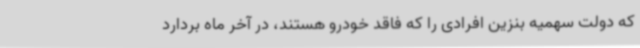
که دولت سهمیه بنزین افرادی را که فاقد خودرو هستند، در آخر ماه بردارد